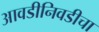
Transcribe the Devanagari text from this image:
आवडीनिवडीचा